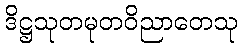
ဒိဋ္ဌသုတမုတဝိညာတေသု